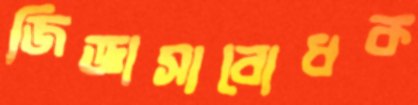
জিজ্ঞাসাবোধক